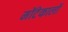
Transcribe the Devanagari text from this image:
मोंटेकार्लो